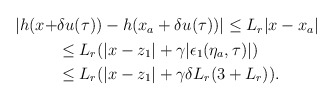
\begin{align*}\begin{aligned}|h(x+&\delta u(\tau)) - h(x_a+\delta u(\tau))| \le L_r |x-x_a| \\&\le L_r(|x-z_1|+\gamma |\epsilon_1(\eta_a,\tau)|) \\&\le L_r(|x-z_1|+\gamma \delta L_r ( 3 + L_r)).\end{aligned}\end{align*}